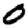
Digit: 0